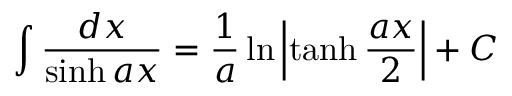
\int { \frac { d x } { \sinh a x } } = { \frac { 1 } { a } } \ln \left| \operatorname { t a n h } { \frac { a x } { 2 } } \right| + C